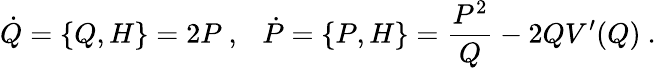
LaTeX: \dot{Q}=\{ Q,H\} =2P\ ,\ \ \ \dot{P}=\{ P,H\} =\frac{P^{2}}{Q}-2QV^{\prime}(Q)\ .